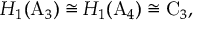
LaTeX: H _ { 1 } ( \mathrm { A } _ { 3 } ) \cong H _ { 1 } ( \mathrm { A } _ { 4 } ) \cong \mathrm { C } _ { 3 } ,